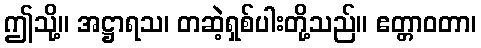
ဤသို့။ အဋ္ဌာရသ၊ တဆဲ့ရှစ်ပါးတို့သည်။ ဧတ္တာဝတာ၊